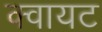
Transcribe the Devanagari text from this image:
क्वायट